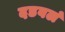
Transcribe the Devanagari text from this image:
दडवलं